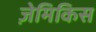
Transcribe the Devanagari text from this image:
ज़ेमिकिस